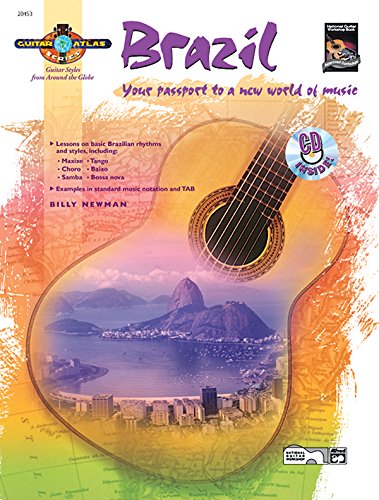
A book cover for Guitar Atlas Brazil: Your passport to a new world of music (Book & CD) (Guitar Atlas Series); Billy Newman; Travel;